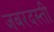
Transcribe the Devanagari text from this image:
जबरदस्‍ती